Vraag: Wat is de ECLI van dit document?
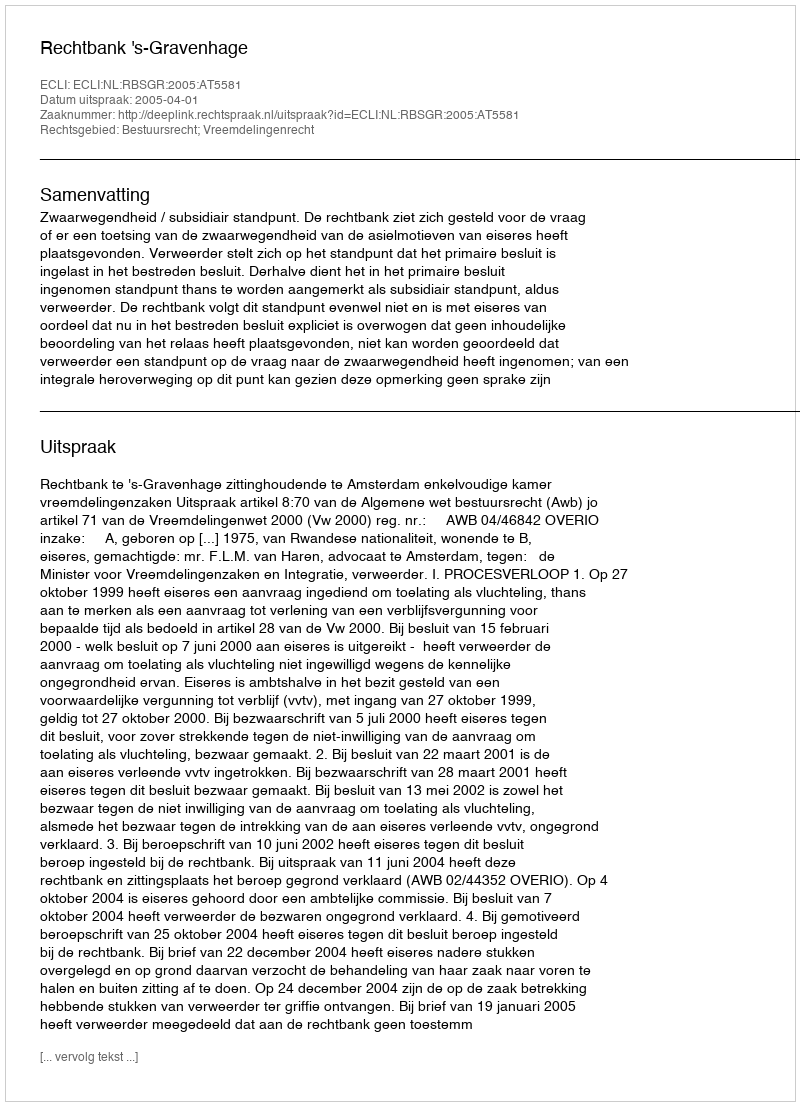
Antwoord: ECLI:NL:RBSGR:2005:AT5581